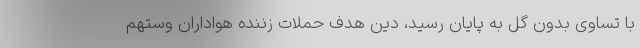
با تساوی بدون گل به پایان رسید، دین هدف حملات زننده هواداران وستهم